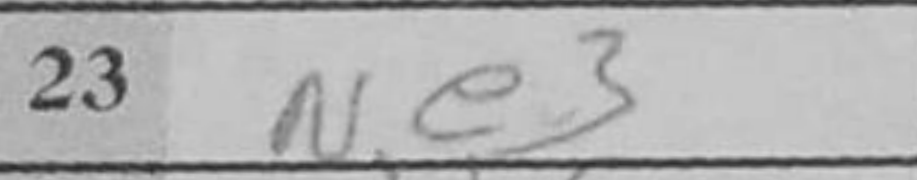
Transcription: Ne3